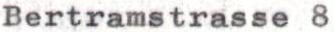
Bertramstrasse 8